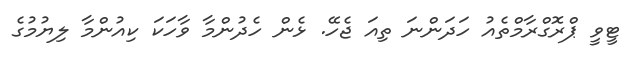
ޓީވީ ޕްރޮގްރާމްތެއު ހަދަންނަ ތިއަ ޖެހޭ. ޅެން ހެދުންމާ ވާހަކަ ކިއުންމާ ލިޔުމުގެ